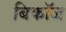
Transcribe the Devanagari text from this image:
बिकॉज